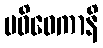
ပဝိဝေကာနိ